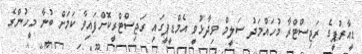
ޑީއާރުޕީގެ ރަޖިސްޓްރާ މުހައްމަދު ސަލީމް ވިދާޅުވީ އެމްޑީޕީގައި ރަޖިސްޓްރީކޮށްފައިވާ ކަމަށް ބުނާ މީހުންގެ